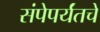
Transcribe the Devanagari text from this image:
संपेपर्यंतचे